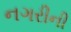
નગરીની